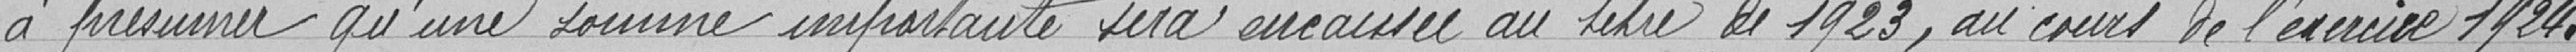
à présumer qu'une somme importante sera encaissée au titre de 1923, au cours de l'exercice 1924.